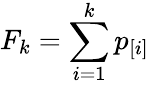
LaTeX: F_{k}=\sum_{i=1}^{k}p_{[i]}